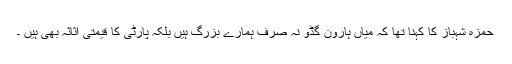
حمزہ شہباز کا کہنا تھا کہ میاں ہارون گڈو نہ صرف ہمارے بزرگ ہیں بلکہ پارٹی کا قیمتی اثاثہ بھی ہیں ۔